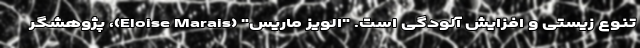
تنوع زیستی و افزایش آلودگی است. "الویز ماریس" (Eloise Marais)، پژوهشگر